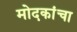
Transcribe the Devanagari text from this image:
मोदकांचा